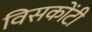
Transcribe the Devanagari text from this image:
विसकोंटी